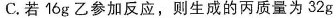
C.若16g乙参加反应，则生成的丙质量为32g